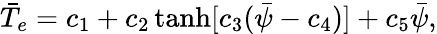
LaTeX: \bar{T}_{e}=c_{1}+c_{2}\operatorname{tanh}[c_{3}(\bar{\psi}-c_{4})]+c_{5}\bar{\psi},